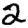
Digit: 2